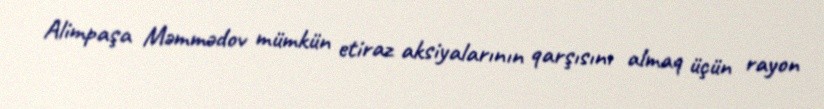
Alimpaşa Məmmədov mümkün etiraz aksiyalarının qarşısını almaq üçün rayon